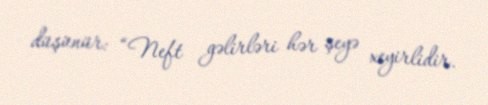
düşünür: “Neft gəlirləri hər şeyə xeyirlidir.